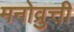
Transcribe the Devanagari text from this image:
मनोव्रुत्ती